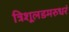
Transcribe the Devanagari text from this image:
त्रिशूलडमरुधरं